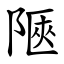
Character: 陿